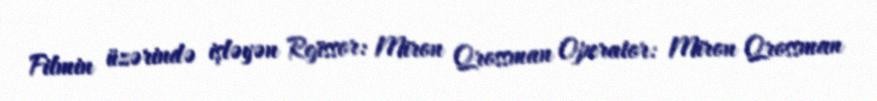
Filmin üzərində işləyən Rejissor: Miron Qrossman Operator: Miron Qrossman